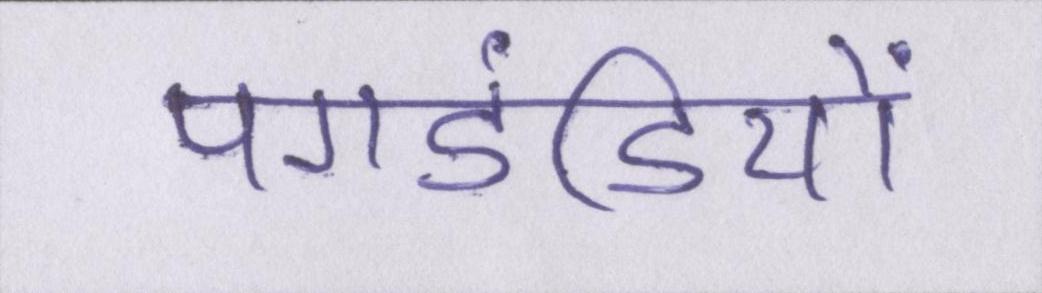
पगडंडियों